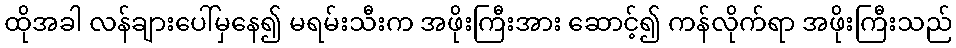
ထိုအခါ လန်ချားပေါ်မှနေ၍ မရမ်းသီးက အဖိုးကြီးအား ဆောင့်၍ ကန်လိုက်ရာ အဖိုးကြီးသည်